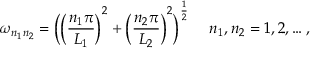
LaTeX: \omega _ { n _ { 1 } n _ { 2 } } = \biggl ( \biggl ( \frac { n _ { 1 } \pi } { L _ { 1 } } \biggr ) ^ { 2 } + \biggl ( \frac { n _ { 2 } \pi } { L _ { 2 } } \biggr ) ^ { 2 } \biggr ) ^ { \frac { 1 } { 2 } } ~ ~ ~ ~ n _ { 1 } , n _ { 2 } = 1 , 2 , \dots ,